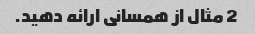
2 مثال از همسانی ارائه دهید.